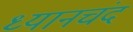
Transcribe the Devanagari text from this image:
ध्‍यानचंद